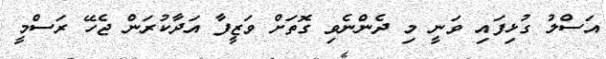
އަސްލު ގުޅިފައި ވަނީ މި ދެންނެވި ގޮތަށް ވަޒީފާ އަދާކުރަން ޖެހޭ ރަސްމީ